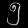
Digit: ၅